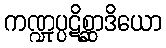
ကဏ္ဍုပ္ပဋိစ္ဆာဒိယော